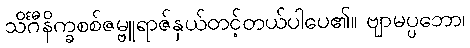
သိင်္ဂီနိက္ခစစ်ဇမ္ဗူရာဇ်နှယ်တင့်တယ်ပါပေ၏။ ဗျာမပ္ပဘော၊